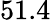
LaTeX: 51.4